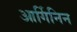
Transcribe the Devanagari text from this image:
आर्गिनिन